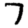
Digit: 7